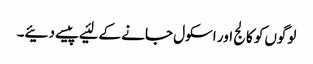
لوگوں‌کو کالج اور اسکول جانے کے لئیے پیسے دئیے۔